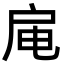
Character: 𫼊